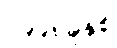
၁၉၉၈ခုနှစ်